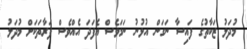
މުދަލު ޒަކާތުގެ ފައިސާ ނަގަން އުޅުނު ނަމަވެސް އެފަދަ އެއްވެސް ފަރާތަކަށް މުދަލު